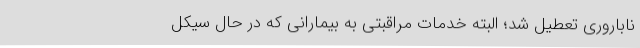
ناباروری تعطیل شد؛ البته خدمات مراقبتی به بیمارانی که در حال سیکل